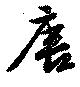
唐